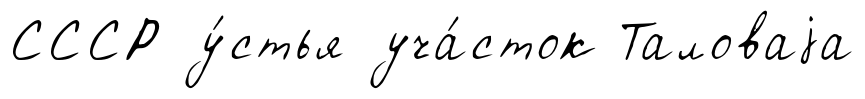
СССР у́стья уча́сток Таловаjа